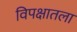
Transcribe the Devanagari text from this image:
विपक्षातला